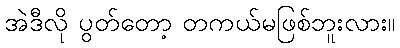
အဲဒီလို ပွတ်တော့ တကယ်မဖြစ်ဘူးလား။